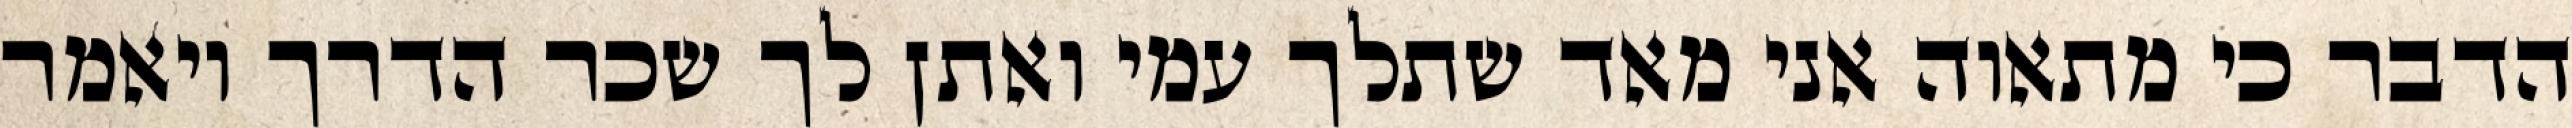
הדבר כי מתאוה אני מאד שתלך עמי ואתן לך שכר הדרך ויאמר